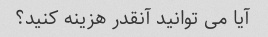
آیا می توانید آنقدر هزینه کنید؟